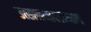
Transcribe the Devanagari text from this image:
उत्खननादरम्यान